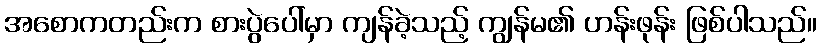
အစောကတည်းက စားပွဲပေါ်မှာ ကျန်ခဲ့သည့် ကျွန်မ၏ ဟန်းဖုန်း ဖြစ်ပါသည်။